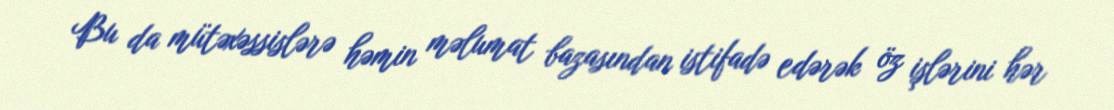
Bu da mütəxəssislərə həmin məlumat bazasından istifadə edərək öz işlərini hər